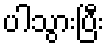
ပါသွားပြီး